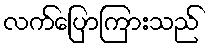
လက်ပြောကြားသည်